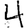
Digit: 4